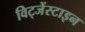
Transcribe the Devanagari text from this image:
विट्जेंस्टाइन